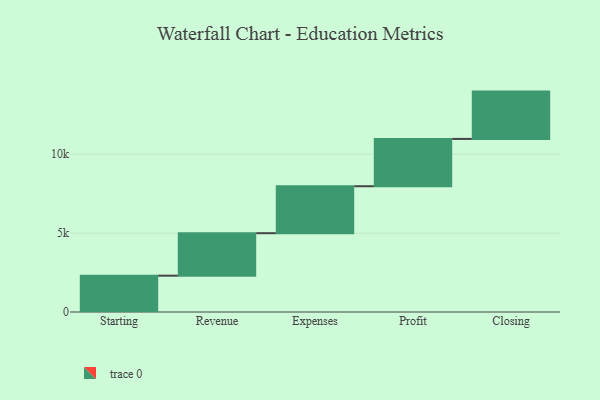
{"axis": {"x": "Step", "y": "Value"}, "legend": [""], "data": [{"x": "Starting", "y": 2303.0, "type": ""}, {"x": "Revenue", "y": 2693.0, "type": ""}, {"x": "Expenses", "y": 2978.0, "type": ""}, {"x": "Profit", "y": 3000, "type": ""}, {"x": "Closing", "y": 3000, "type": ""}]}